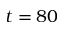
t = 8 0